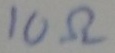
Text: 10Ω